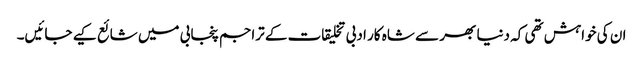
ان کی خواہش تھی کہ دنیا بھر سے شاہ کار ادبی تخلیقات کے تراجم پنجابی میں شائع کیے جائیں۔